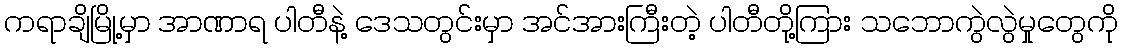
ကရာချိမြို့မှာ အာဏာရ ပါတီနဲ့ ဒေသတွင်းမှာ အင်အားကြီးတဲ့ ပါတီတို့ကြား သဘောကွဲလွဲမှုတွေကို